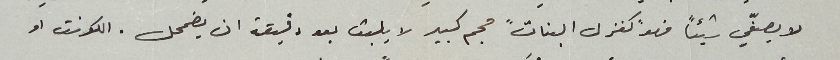
لا يصفّي شيئاً فهو "كغزل البنات" حجم كبير لا يلبث بعد دقيقة ان يضمحل. الكونت او